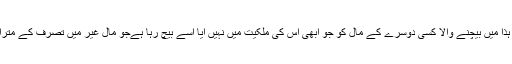
صورتِ ہٰذا میں بیچنے والا کسی دوسرے کے مال کو جو ابھی اِس کی ملکیت میں نہیں آیا اُسے بیچ رہا ہےجو مالِ غیر میں تصرّف کے مترادف ہے۔